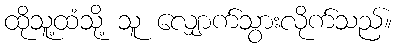
ထိုသူ့ထံသို့ သူ လျှောက်သွားလိုက်သည်။